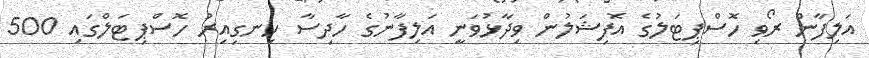
އަލިފާން ރޯވި ހޮސްޕިޓަލުގެ އޮފިޝަލުން ވިދާޅުވަނީ އަލިފާނުގެ ހާދިސާ ހިނގިއިރު ހޮސްޕިޓަލްގައި 500